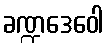
ခဏ္ဍဒေဝေါ